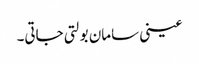
عینی سامان بولتی جاتی۔